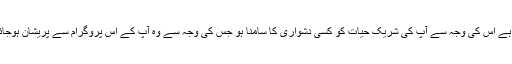
ہوسکتا ہے اس کی وجہ سے آپ کی شریکِ حیات کو کسی دشواری کا سامنا ہو جس کی وجہ سے وہ آپ کے اس پروگرام سے پریشان ہوجائے گی۔